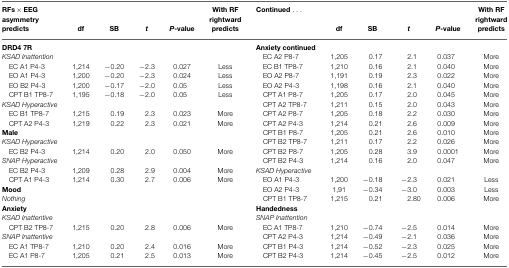
<table><thead><tr><td><b>RFs × EEG asymmetry predicts</b></td><td><b>df</b></td><td><b>SB</b></td><td><b><i>t</i></b></td><td><b><i>P</i>-value</b></td><td><b>With RF rightward predicts</b></td><td><b>Continued ...</b></td><td><b>df</b></td><td><b>SB</b></td><td><b><i>t</i></b></td><td><b><i>P</i>-value</b></td><td><b>With RF rightward predicts</b></td></tr></thead><tbody><tr><td><b>DRD4 7R</b></td><td></td><td></td><td></td><td></td><td></td><td><b>Anxiety continued</b></td></tr><tr><td><i>KSAD Inattention</i></td><td></td><td></td><td></td><td></td><td></td><td> EC A2 P8-7</td><td>1,205</td><td>0.17</td><td>2.1</td><td>0.037</td><td>More</td></tr><tr><td> EC A1 P4-3</td><td>1,214</td><td>−0.20</td><td>−2.3</td><td>0.027</td><td>Less</td><td> EC B1 TP8-7</td><td>1,210</td><td>0.16</td><td>2.1</td><td>0.040</td><td>More</td></tr><tr><td> EO A1 P4-3</td><td>1,200</td><td>−0.20</td><td>−2.3</td><td>0.024</td><td>Less</td><td> EO A2 P8-7</td><td>1,191</td><td>0.19</td><td>2.3</td><td>0.022</td><td>More</td></tr><tr><td> EO B2 P4-3</td><td>1,200</td><td>−0.17</td><td>−2.0</td><td>0.05</td><td>Less</td><td> EO A2 P4-3</td><td>1,198</td><td>0.16</td><td>2.1</td><td>0.040</td><td>More</td></tr><tr><td> CPT B1 TP8-7</td><td>1,195</td><td>−0.18</td><td>−2.0</td><td>0.05</td><td>Less</td><td> CPT A1 P8-7</td><td>1,205</td><td>0.17</td><td>2.0</td><td>0.045</td><td>More</td></tr><tr><td><i>KSAD Hyperactive</i></td><td></td><td></td><td></td><td></td><td></td><td> CPT A2 TP8-7</td><td>1,211</td><td>0.15</td><td>2.0</td><td>0.043</td><td>More</td></tr><tr><td> EC B1 TP8-7</td><td>1,215</td><td>0.19</td><td>2.3</td><td>0.023</td><td>More</td><td> CPT A2 P8-7</td><td>1,205</td><td>0.18</td><td>2.2</td><td>0.030</td><td>More</td></tr><tr><td> CPT A2 P4-3</td><td>1,219</td><td>0.22</td><td>2.3</td><td>0.021</td><td>More</td><td> CPT A2 P4-3</td><td>1,214</td><td>0.21</td><td>2.6</td><td>0.009</td><td>More</td></tr><tr><td><b>Male</b></td><td></td><td></td><td></td><td></td><td></td><td> CPT B1 P8-7</td><td>1,205</td><td>0.21</td><td>2.6</td><td>0.010</td><td>More</td></tr><tr><td><i>KSAD Hyperactive</i></td><td></td><td></td><td></td><td></td><td></td><td> CPT B2 TP8-7</td><td>1,211</td><td>0.17</td><td>2.2</td><td>0.026</td><td>More</td></tr><tr><td> EC B2 P4-3</td><td>1,214</td><td>0.20</td><td>2.0</td><td>0.050</td><td>More</td><td> CPT B2 P8-7</td><td>1,205</td><td>0.28</td><td>3.9</td><td>0.0001</td><td>More</td></tr><tr><td><i>SNAP Hyperactive</i></td><td></td><td></td><td></td><td></td><td></td><td> CPT B2 P4-3</td><td>1,214</td><td>0.16</td><td>2.0</td><td>0.047</td><td>More</td></tr><tr><td> EC B2 P4-3</td><td>1,209</td><td>0.28</td><td>2.9</td><td>0.004</td><td>More</td><td><i>KSAD Hyperactive</i></td><td></td><td></td><td></td><td></td><td></td></tr><tr><td> CPT A1 P4-3</td><td>1,214</td><td>0.30</td><td>2.7</td><td>0.006</td><td>More</td><td> EO A1 P4-3</td><td>1,200</td><td>−0.18</td><td>−2.3</td><td>0.021</td><td>Less</td></tr><tr><td><b>Mood</b></td><td></td><td></td><td></td><td></td><td></td><td> EO A2 P4-3</td><td>1,91</td><td>−0.34</td><td>−3.0</td><td>0.003</td><td>Less</td></tr><tr><td><i>Nothing</i></td><td></td><td></td><td></td><td></td><td></td><td> CPT B1 TP8-7</td><td>1,215</td><td>0.21</td><td>2.80</td><td>0.006</td><td>More</td></tr><tr><td><b>Anxiety</b></td><td></td><td></td><td></td><td></td><td></td><td><b>Handedness</b></td></tr><tr><td><i>KSAD Inattentive</i></td><td></td><td></td><td></td><td></td><td></td><td><i>SNAP Inattention</i></td><td></td><td></td><td></td><td></td><td></td></tr><tr><td> CPT B2 TP8-7</td><td>1,215</td><td>0.20</td><td>2.8</td><td>0.006</td><td>More</td><td> EC A1 TP8-7</td><td>1,210</td><td>−0.74</td><td>−2.5</td><td>0.014</td><td>More</td></tr><tr><td><i>SNAP Inattentive</i></td><td></td><td></td><td></td><td></td><td></td><td> CPT A2 P4-3</td><td>1,214</td><td>−0.49</td><td>−2.1</td><td>0.036</td><td>More</td></tr><tr><td> EC A1 TP8-7</td><td>1,210</td><td>0.20</td><td>2.4</td><td>0.016</td><td>More</td><td> CPT B1 P4-3</td><td>1,214</td><td>−0.52</td><td>−2.3</td><td>0.025</td><td>More</td></tr><tr><td> EC A1 P8-7</td><td>1,205</td><td>0.21</td><td>2.5</td><td>0.013</td><td>More</td><td> CPT B2 P4-3</td><td>1,214</td><td>−0.45</td><td>−2.5</td><td>0.012</td><td>More</td></tr></tbody></table>